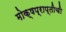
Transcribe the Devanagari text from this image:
मोक्षप्राप्तीची